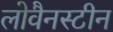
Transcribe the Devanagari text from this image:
लोवैनस्टीन